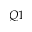
Q 1